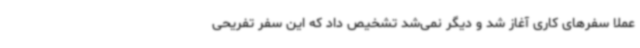
عملاً سفرهای کاری آغاز شد و دیگر نمی‌شد تشخیص داد که این سفر تفریحی